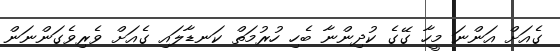
ގެއަށް އަންނަ މީހާ ގޭގެ ކުދިންނާ ބެހި ހުރުމަތް ކަނޑާލައި ގެއަށް ވެރިވެގަންނަން